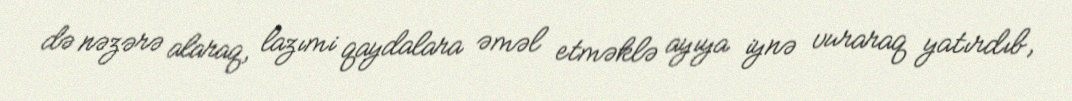
də nəzərə alaraq, lazımi qaydalara əməl etməklə ayıya iynə vuraraq yatırdıb,